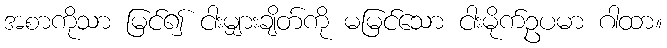
အစာကိုသာ မြင်၍ ငါးမျှားချိတ်ကို မမြင်သော ငါးမိုက်ဥပမာ ဂါထာ။